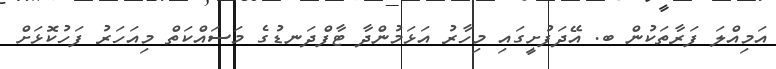
އަމިއްލަ ފަރާތަކުން ބ. އޭދަފުށީގައި މިހާރު އަޅަމުންދާ ޓާފްދަނޑުގެ މަސައްކަތް މިއަހަރު ފަހުކޮޅަށް